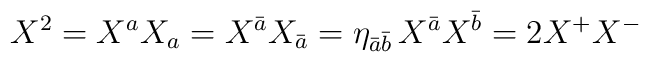
X^{2}=X^{a}X_{a}=X^{\bar{a}}X_{\bar{a}}=\eta _{\bar{a}\bar{b}}\, X^{\bar{a}}X^{\bar{b}}=2X^{+}X^{-}